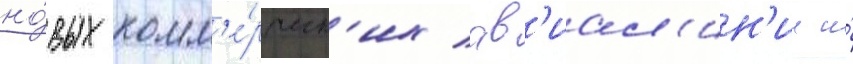
но́вых комм'е́рческ'их ав'иал'ин'ии и́